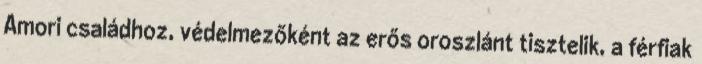
Amori családhoz, védelmezőként az erős oroszlánt tisztelik, a férfiak